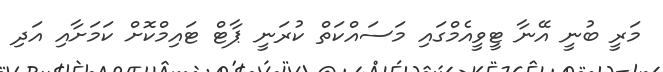
މަރީ ބުނީ އޭނާ ޓީވީއެމްގައި މަސައްކަތް ކުރަނީ ޕާޓް ޓައިމްކޮށް ކަމަށާއި އަދި